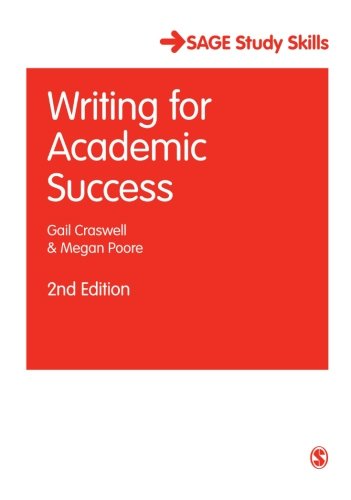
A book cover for Writing for Academic Success (SAGE Study Skills Series); Gail Craswell; Education & Teaching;